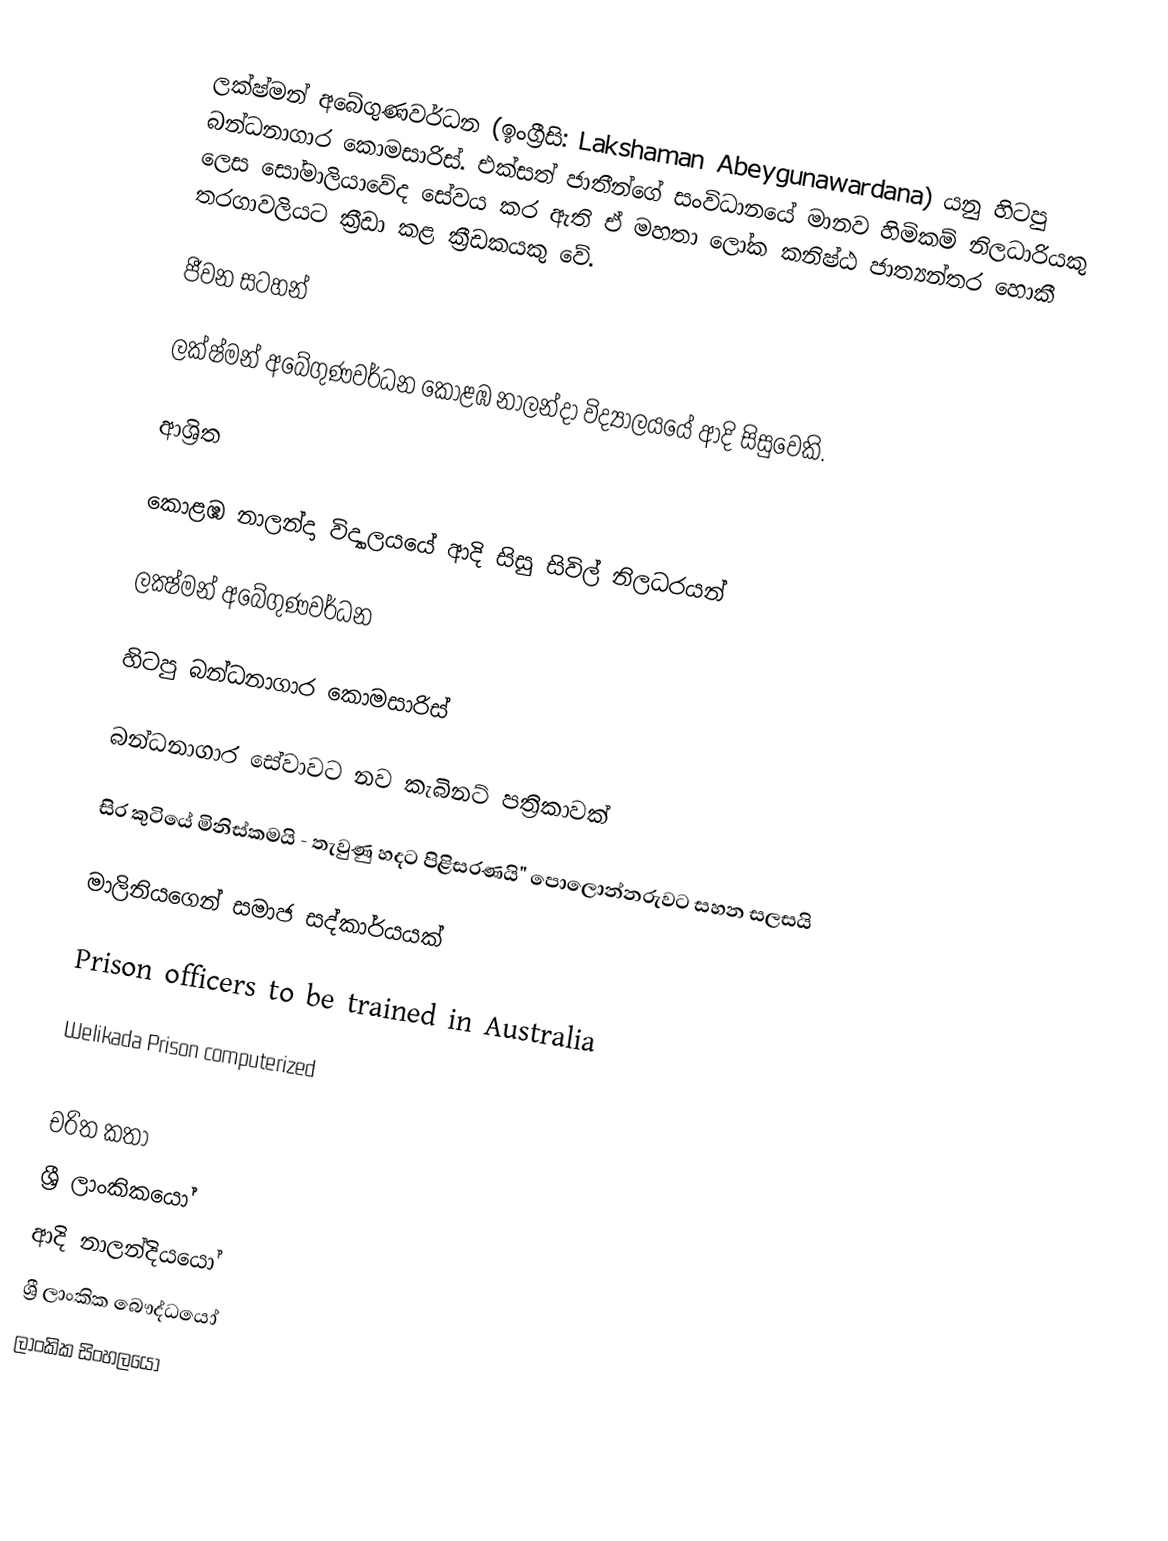
ලක්ෂ්මන් අබේගුණවර්ධන (ඉංග්‍රීසි: Lakshaman Abeygunawardana) යනු හිටපු බන්ධනාගාර කොමසාරිස්. එක්‌සත් ජාතීන්ගේ සංවිධානයේ මානව හිමිකම් නිලධාරියකු ලෙස සෝමාලියාවේද සේවය කර ඇති ඒ මහතා ලෝක කනිෂ්ඨ ජාත්‍යන්තර හොකී තරගාවලියට ක්‍රීඩා කළ ක්‍රීඩකයකු වේ.

ජීවන සටහන්

ලක්ෂ්මන් අබේගුණවර්ධන  කොළඹ නාලන්දා විද්‍යාලයයේ ආදි සිසුවෙකි.

ආශ්‍රිත

 කොළඹ නාලන්දා විද්‍යාලයයේ ආදි සිසු සිවිල් නිලධරයන්

 ලක්‍ෂ්මන් අබේගුණවර්ධන

 හිටපු බන්ධනාගාර කොමසාරිස්

 බන්ධනාගාර සේවාවට නව කැබිනට් පත්‍රිකාවක්

 සිර කුටියේ මිනිස්කමයි - තැවුණු හදට පිළිසරණයි" පොලොන්නරුවට සහන සලසයි

  මාලිනියගෙන් සමාජ සද්කාර්යයක්

 Prison officers to be trained in Australia

 Welikada Prison computerized

චරිත කතා
ශ්‍රී ලාංකිකයෝ
ආදි නාලන්දියයෝ
ශ්‍රී ලාංකික බෞද්ධයෝ
ලාංකික සිංහලයෝ